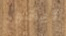
ويتمور